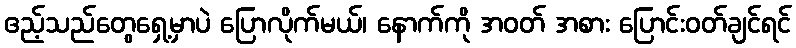
ဧည့်သည်တွေရှေ့မှာပဲ ပြောလိုက်မယ်၊ နောက်ကို အဝတ် အစား ပြောင်းဝတ်ချင်ရင်